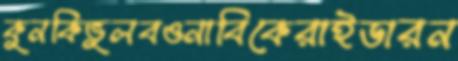
কুনকিভুলবওনাবিকেরাইডারন